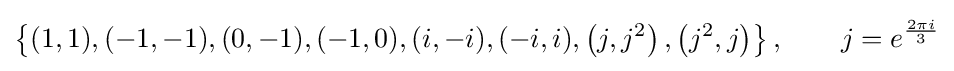
\left\{(1,1),(-1,-1),(0,-1),(-1,0),(i,-i),(-i,i),\left(j,j^{2}\right),\left(j^{2},j\right)\right\},\qquad j=e^{\frac {2\pi i}{3}}